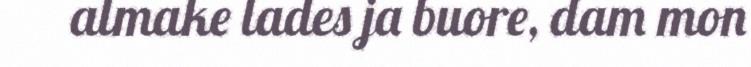
almake lades ja buore, dam mon